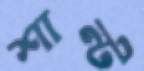
শান্ট